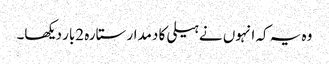
وہ یہ کہ انہوں نے ہیلی کا دمدار ستارہ 2بار دیکھا۔